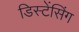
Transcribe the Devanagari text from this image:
डिस्टेंसिंग